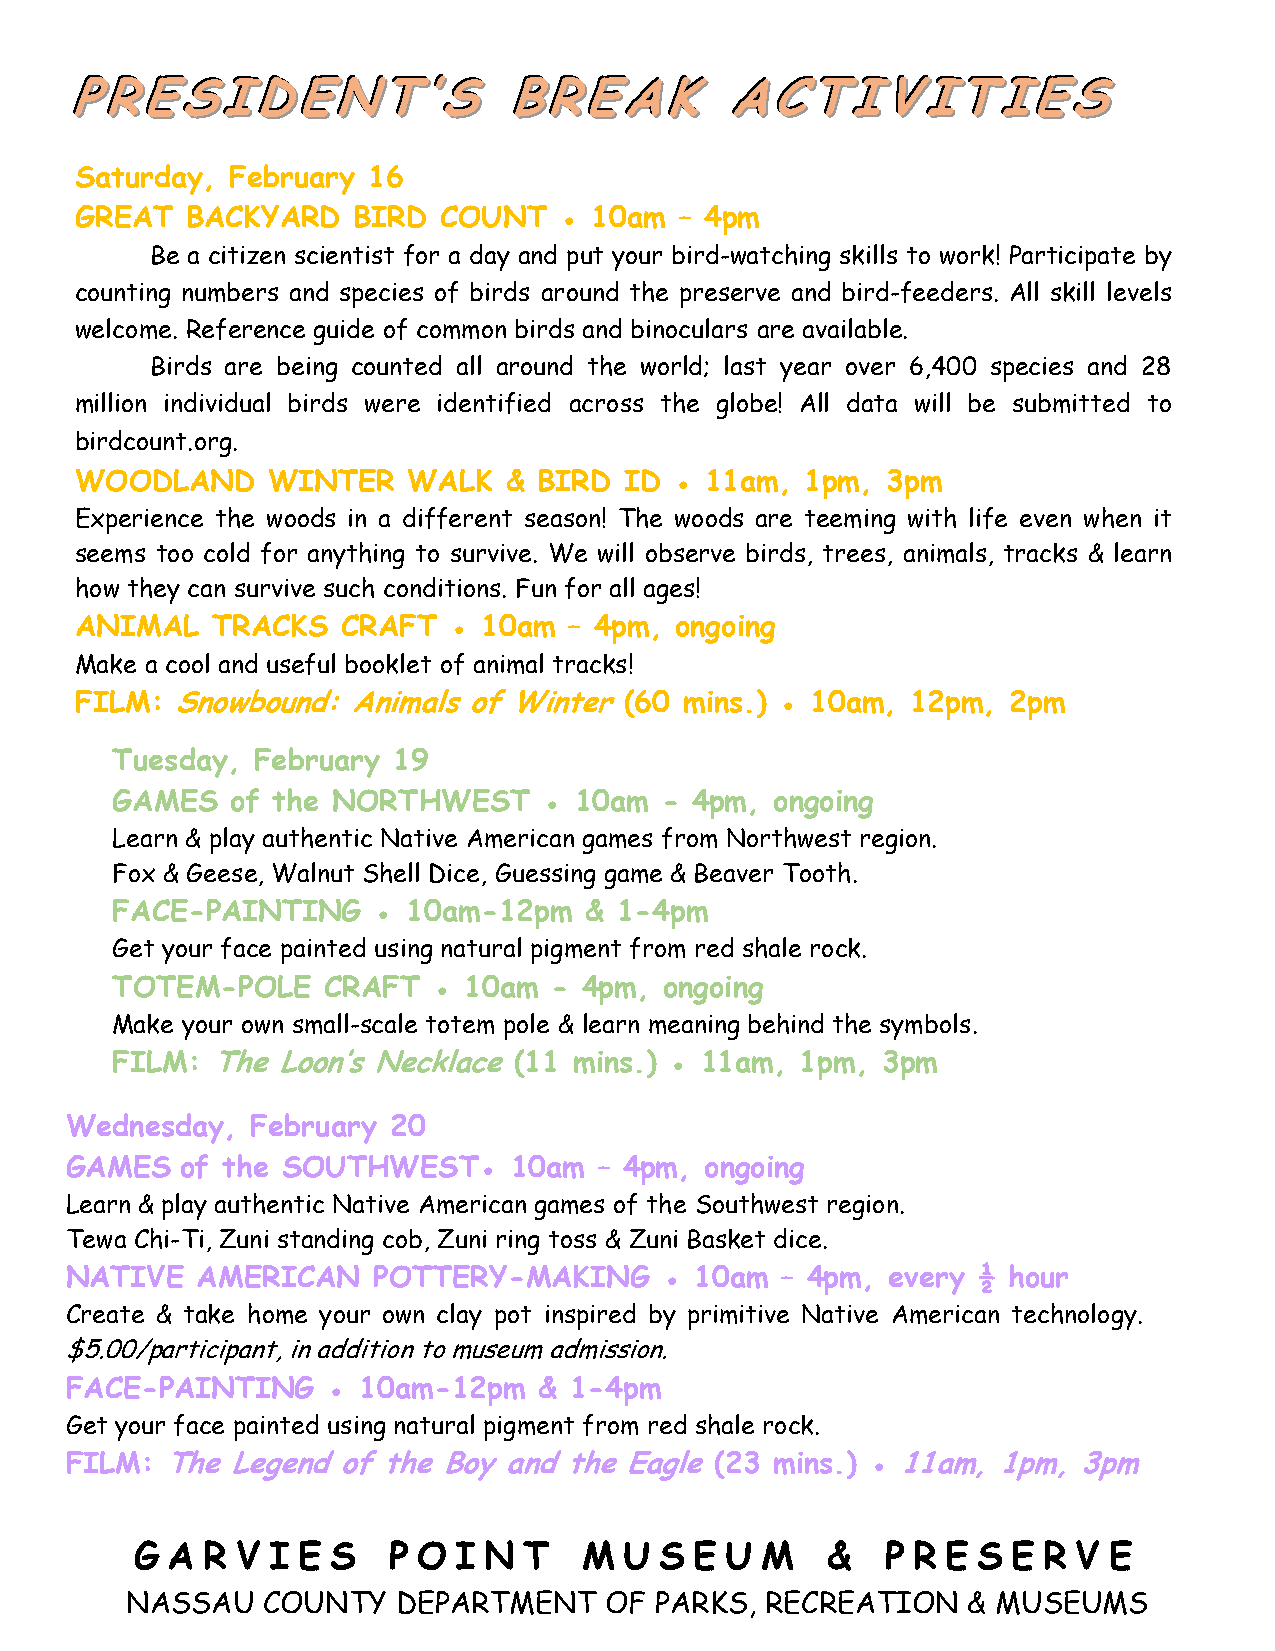
PPPRRREEESSSIIIDDDEEENNNTTT’’’SSS BBBRRREEEAAAKKK AAACCCTTTIIIVVVIIITTTIIIEEESSS
 Saturday, February 16
 GREAT  BACKYARD   BIRD  COUNT   ● 10am  – 4pm
 Be a citizen scientist for a day and put your bird-watching skills to work! Participate by
 counting numbers and species of birds around the preserve and bird-feeders. All skill levels
 welcome. Reference guide of common birds and binoculars are available.
 Birds are being counted all around the world; last year over 6,400 species and 28
 million individual birds were identified across the globe! All data will be submitted to
 birdcount.org.
 WOODLAND     WINTER   WALK  &  BIRD ID  ● 11am, 1pm,  3pm
 Experience the woods in a different season! The woods are teeming with life even when it
 seems too cold for anything to survive. We will observe birds, trees, animals, tracks & learn
 how they can survive such conditions. Fun for all ages!
 ANIMAL   TRACKS   CRAFT  ● 10am  – 4pm, ongoing
 Make a cool and useful booklet of animal tracks!
 FILM: Snowbound:  Animals of Winter (60 mins.) ● 10am, 12pm,  2pm
 Tuesday,  February 19
 GAMES   of the NORTHWEST     ● 10am  - 4pm, ongoing
 Learn & play authentic Native American games from Northwest region.
 Fox & Geese, Walnut Shell Dice, Guessing game & Beaver Tooth.
 FACE-PAINTING     ● 10am-12pm   & 1-4pm
 Get your face painted using natural pigment from red shale rock.
 TOTEM-POLE    CRAFT   ● 10am  - 4pm, ongoing
 Make your own small-scale totem pole & learn meaning behind the symbols.
 FILM:  The Loon’s Necklace (11 mins.) ● 11am, 1pm, 3pm
 Wednesday,   February 20
 GAMES   of the SOUTHWEST●     10am  – 4pm, ongoing
 Learn & play authentic Native American games of the Southwest region.
 Tewa Chi-Ti, Zuni standing cob, Zuni ring toss & Zuni Basket dice.
 NATIVE   AMERICAN    POTTERY-MAKING     ● 10am  – 4pm, every ½ hour
 Create & take home your own clay pot inspired by primitive Native American technology.
 $5.00/participant, in addition to museum admission.
 FACE-PAINTING     ● 10am-12pm   & 1-4pm
 Get your face painted using natural pigment from red shale rock.
 FILM:  The Legend of the Boy and the Eagle (23 mins.) ● 11am, 1pm, 3pm
 G A R  V I E S   P O I N  T   M U  S E U M    &   P R E S E R V E
 NASSAU   COUNTY   DEPARTMENT    OF PARKS,  RECREATION   & MUSEUMS